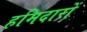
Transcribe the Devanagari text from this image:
हमिदारों